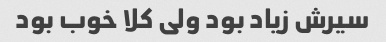
سیرش زیاد بود ولی کلا خوب بود